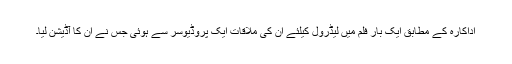
اداکارہ کے مطابق ایک بار فلم میں لیڈرول کیلئے ان کی ملاقات ایک پروڈیوسر سے ہوئی جس نے ان کا آڈیشن لیا۔